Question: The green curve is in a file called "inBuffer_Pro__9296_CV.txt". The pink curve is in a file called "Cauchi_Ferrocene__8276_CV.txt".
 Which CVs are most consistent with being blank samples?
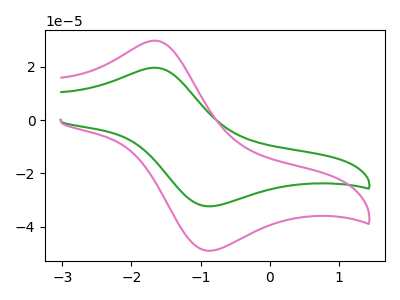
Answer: <think>The green curve "Pro" has an anodic peak at (-1.65V, 19.70uA) and a cathodic peak at (-0.85V, -32.35uA). The pink curve "Ferrocene" has an anodic peak at (-1.65V, 29.90uA) and a cathodic peak at (-0.85V, -49.05uA).</think>
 <answer>There are not any CV's on this graph that are likely to be blanks.</answer>
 <eval>none</eval>